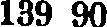
139 90